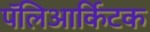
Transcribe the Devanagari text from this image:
पॅलिआर्किटक